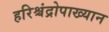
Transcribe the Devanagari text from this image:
हरिश्चंद्रोपाख्यान